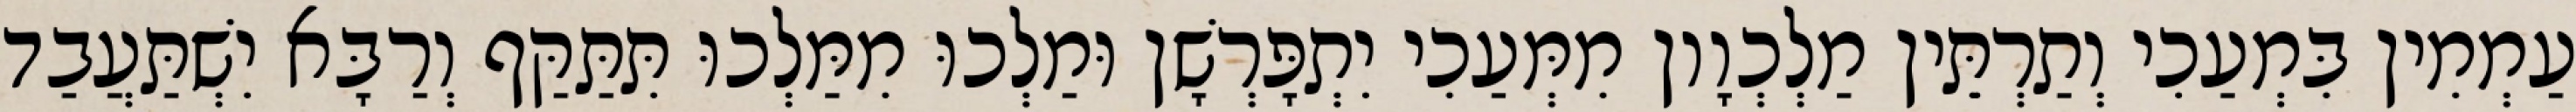
עַמְמִין בִּמְעַכִי וְתַרְתֵּין מַלְכְוָון מִמְּעַכִי יִתְפָּרְשָׁן וּמַלְכוּ מִמַּלְכוּ תִּתַּקַּף וְרַבָּא יִשְׁתַּעֲבַד